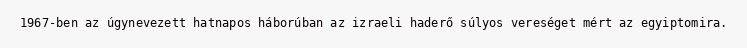
1967-ben az úgynevezett hatnapos háborúban az izraeli haderő súlyos vereséget mért az egyiptomira.